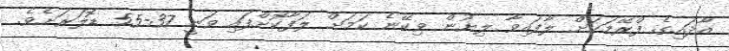
އާދައިގެ ފްރޭމަކަށް ލާފައިވާ ލިޔުން ވިކޭނެ ކަމަށް ލަފާކޮށްފައި ވަނީ 37-55 ޑޮލަރަށެވެ.